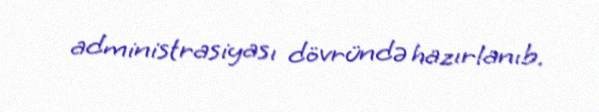
administrasiyası dövründə hazırlanıb.